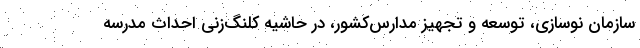
سازمان نوسازی، توسعه و تجهیز مدارس‌کشور، در حاشیه کلنگ‌زنی احداث مدرسه